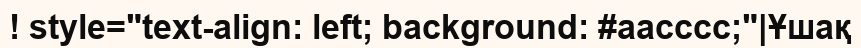
! style="text-align: left; background: #aacccc;"|Ұшақ